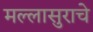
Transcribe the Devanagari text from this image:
मल्लासुराचे